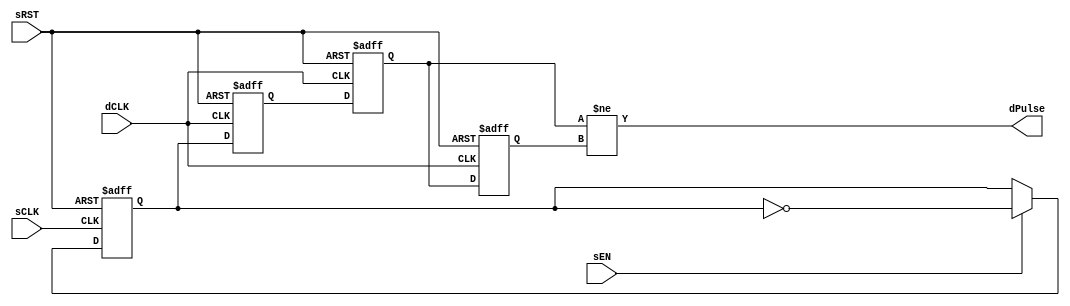

`ifdef BSV_ASSIGNMENT_DELAY
`else
  `define BSV_ASSIGNMENT_DELAY
`endif

`ifdef BSV_POSITIVE_RESET
  `define BSV_RESET_VALUE 1'b1
  `define BSV_RESET_EDGE posedge
`else
  `define BSV_RESET_VALUE 1'b0
  `define BSV_RESET_EDGE negedge
`endif


// A pulse based clock domain synchronization scheme.
// When a sEN is asserted, a pulse is eventually sent to dPulse in the
// destination clock domain.
// Close and Multiple asserts of sEN may not be seen at the destination side.
// Reset signal is not needed since it a pulse-based, rather than
// level-based protocol
// Delay is 2 dCLK cycle.
// dPulse is not registered.
module SyncPulse(
                  sCLK,
                  sRST,
                  dCLK,
                  sEN,
                  dPulse
                  );

   // source clock ports
   input     sCLK ;
   input     sRST ;
   input     sEN ;

   // destination clock ports
   input     dCLK ;
   output    dPulse ;

   // Flops to hold data
   reg       sSyncReg;
   reg       dSyncReg1, dSyncReg2;
   reg       dSyncPulse;

   assign    dPulse = dSyncReg2 != dSyncPulse ;

   always @(posedge sCLK or `BSV_RESET_EDGE sRST)
     begin
        if (sRST == `BSV_RESET_VALUE)
          sSyncReg <= `BSV_ASSIGNMENT_DELAY 1'b0 ;
        else
          begin
             if ( sEN )
               begin
                  sSyncReg <= `BSV_ASSIGNMENT_DELAY ! sSyncReg ;
               end
          end // else: !if(sRST == `BSV_RESET_VALUE)
     end // always @ (posedge sCLK or `BSV_RESET_EDGE sRST)


   always @(posedge dCLK or `BSV_RESET_EDGE sRST )
      begin
         if (sRST == `BSV_RESET_VALUE)
            begin
               dSyncReg1 <= `BSV_ASSIGNMENT_DELAY 1'b0 ;
               dSyncReg2 <= `BSV_ASSIGNMENT_DELAY 1'b0 ;
               dSyncPulse <= `BSV_ASSIGNMENT_DELAY 1'b0 ;
            end // if (sRST == `BSV_RESET_VALUE)
         else
           begin
              dSyncReg1 <= `BSV_ASSIGNMENT_DELAY sSyncReg ;// domain crossing
              dSyncReg2 <= `BSV_ASSIGNMENT_DELAY dSyncReg1 ;
              dSyncPulse <= `BSV_ASSIGNMENT_DELAY dSyncReg2 ;
           end // else: !if(sRST == `BSV_RESET_VALUE)
      end // always @ (posedge dCLK or `BSV_RESET_EDGE sRST )

`ifdef BSV_NO_INITIAL_BLOCKS
`else // not BSV_NO_INITIAL_BLOCKS
   // synopsys translate_off
   initial
      begin
         sSyncReg   = 1'b0 ;
         dSyncReg1  = 1'b0 ;
         dSyncReg2  = 1'b0 ;
         dSyncPulse = 1'b0 ;
      end // initial begin
   // synopsys translate_on
`endif // BSV_NO_INITIAL_BLOCKS

endmodule // PulseSync